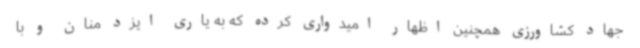
جهاد کشاورزی همچنین اظهار امیدواری کرده که به یاری ایزد منان و با